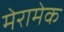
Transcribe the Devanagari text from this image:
मेरामेक